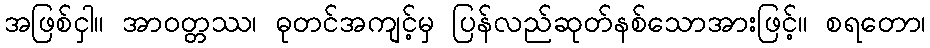
အဖြစ်ငှါ။ အာဝတ္တဿ၊ ဓုတင်အကျင့်မှ ပြန်လည်ဆုတ်နစ်သောအားဖြင့်။ စရတော၊